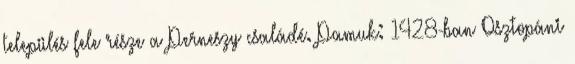
település fele része a Perneszy családé. Pamuk: 1428-ban Osztopáni